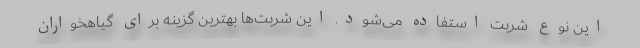
این نوع شربت استفاده می‌شود. این شربت‌ها بهترین گزینه برای گیاهخواران